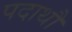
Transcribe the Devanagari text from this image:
पदाथौ